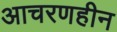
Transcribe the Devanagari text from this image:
आचरणहीन